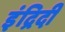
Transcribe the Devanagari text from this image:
इंद्रिदी